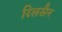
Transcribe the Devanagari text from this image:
रिलसैन